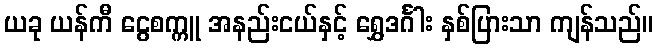
ယခု ယန်ကီ ငွေစက္ကူ အနည်းငယ်နှင့် ရွှေဒင်္ဂါး နှစ်ပြားသာ ကျန်သည်။